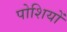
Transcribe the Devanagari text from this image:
पोशियों